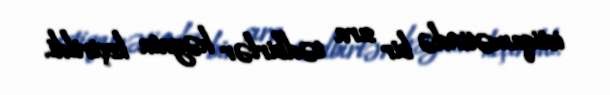
istiqamətində bir sıra tədbirlər həyata keçirildi.